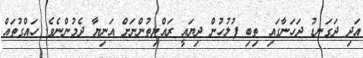
އަދި ދަގަނޑު ދަހަނާގައި ތިބި ފުލުހުން ދިޔައީ ރައްޔިތުންނަށް އަނިޔާ ދެމުންނެވެ. ހައްގުތައް